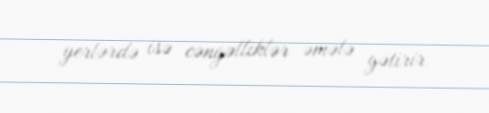
yerlərdə isə cəngəlliklər əmələ gətirir.